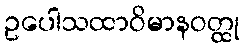
ဥပေါသထာဝိမာနဝတ္ထု